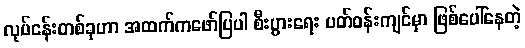
လုပ်ငန်းတစ်ခုဟာ အထက်ကဖော်ပြပါ စီးပွားရေး ပတ်ဝန်းကျင်မှာ ဖြစ်ပေါ်နေတဲ့